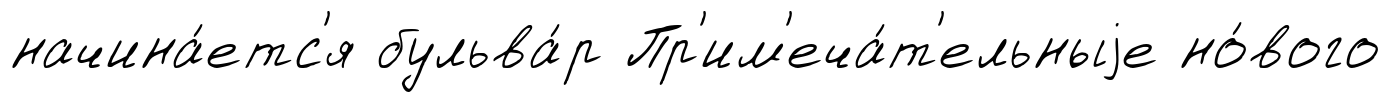
начина́етс'я бульва́р Пр'им'еча́т'ельныjе но́вого